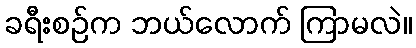
ခရီးစဉ်က ဘယ်လောက် ကြာမလဲ။